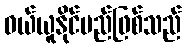
ဝယ်ယူနိုင်မည်ဖြစ်သည်